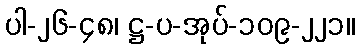
ပါ-၂၆-၄၈၊ ဋ္ဌ-ပ-အုပ်-၁၀၉-၂၂၁။